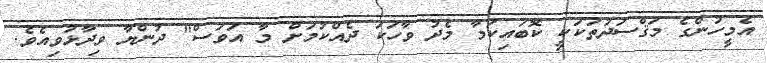
އެމީހުންގެ މަޤްސަދުތަކަކީ ކޮބައިކަމާ މެދު ވާހަކަ ދެއްކުމަށް މާ އަވަސް" ދުންޔާ ވިދާޅުވިއެވެ.